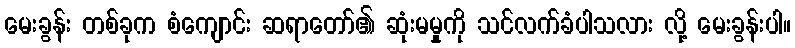
မေးခွန်း တစ်ခုက စံကျောင်း ဆရာတော်၏ ဆုံးမမှုကို သင်လက်ခံပါသလား လို့ မေးခွန်းပါ။